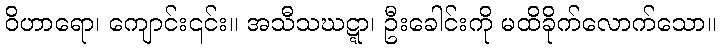
ဝိဟာရော၊ ကျောင်း၎င်း။ အသီသဃဋ္ဋာ၊ ဦးခေါင်းကို မထိခိုက်လောက်သော။